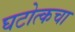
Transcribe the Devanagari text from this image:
घटोत्कचा